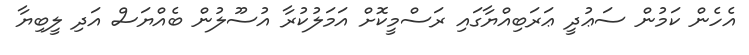
އެހެން ކަމުން ސަޢުދީ ޢަރަބިއްޔާގައި ރަސްމީކޮށް އަމަލުކުރާ އުސޫލުން ބެއްޔަސް އަދި ލީބިޔާ